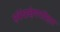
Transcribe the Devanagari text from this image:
संबंधाक्षेपपरिहार